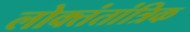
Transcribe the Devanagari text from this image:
लोक्तंतांत्रिक